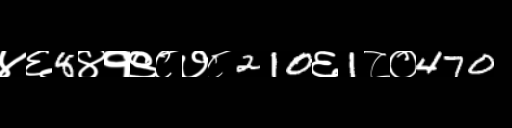
Text: ४६8४१९८७८210६1८०470